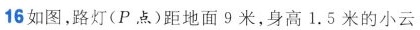
16如图，路灯(P点)距地面9米，身高1.5米的小云